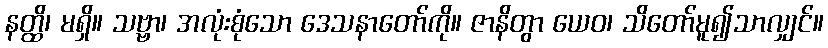
နတ္ထိ၊ မရှိ။ သဗ္ဗာ၊ အလုံးစုံသော ဒေသနာတော်ကို။ ဇာနိတွာ ယေဝ၊ သိတော်မူ၍သာလျှင်။